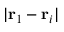
| \mathbf { r } _ { 1 } - \mathbf { r } _ { i } |